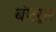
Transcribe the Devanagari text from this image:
बंपर्स